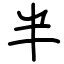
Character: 半